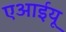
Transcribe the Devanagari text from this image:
एआईयू